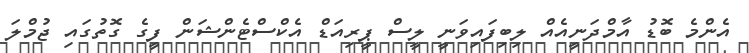
އެންމެ ބޮޑު އާމްދަނީއެއް ލިބިފައިވަނީ ލީސް ޕީރިއަޑް އެކްސްޓެންޝަން ފީގެ ގޮތުގައި ޖުމްލަ